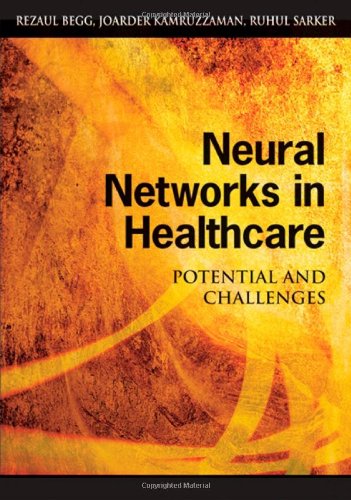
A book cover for Neural Networks in Healthcare: Potential and Challenges; Medical Books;